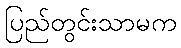
ပြည်တွင်းသာမက